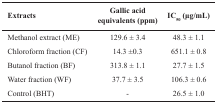
<table><thead><tr><td><b>Extracts</b></td><td><b>Gallic acid equivalents (ppm) </b></td><td><b>IC<sub>50 </sub>(μg/mL) </b></td></tr></thead><tbody><tr><td>Methanol extract (ME)</td><td>129.6 ± 3.4 </td><td>48.3 ± 1.1 </td></tr><tr><td>Chloroform fraction (CF)</td><td>14.3 ±0.3 </td><td>651.1 ± 0.8 </td></tr><tr><td>Butanol fraction (BF)</td><td>313.8 ± 1.1 </td><td>27.7 ± 1.5 </td></tr><tr><td>Water fraction (WF)</td><td>37.7 ± 3.5 </td><td>106.3 ± 0.6 </td></tr><tr><td>Control (BHT)</td><td>- </td><td>26.5 ± 1.0 </td></tr></tbody></table>